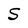
Character: S